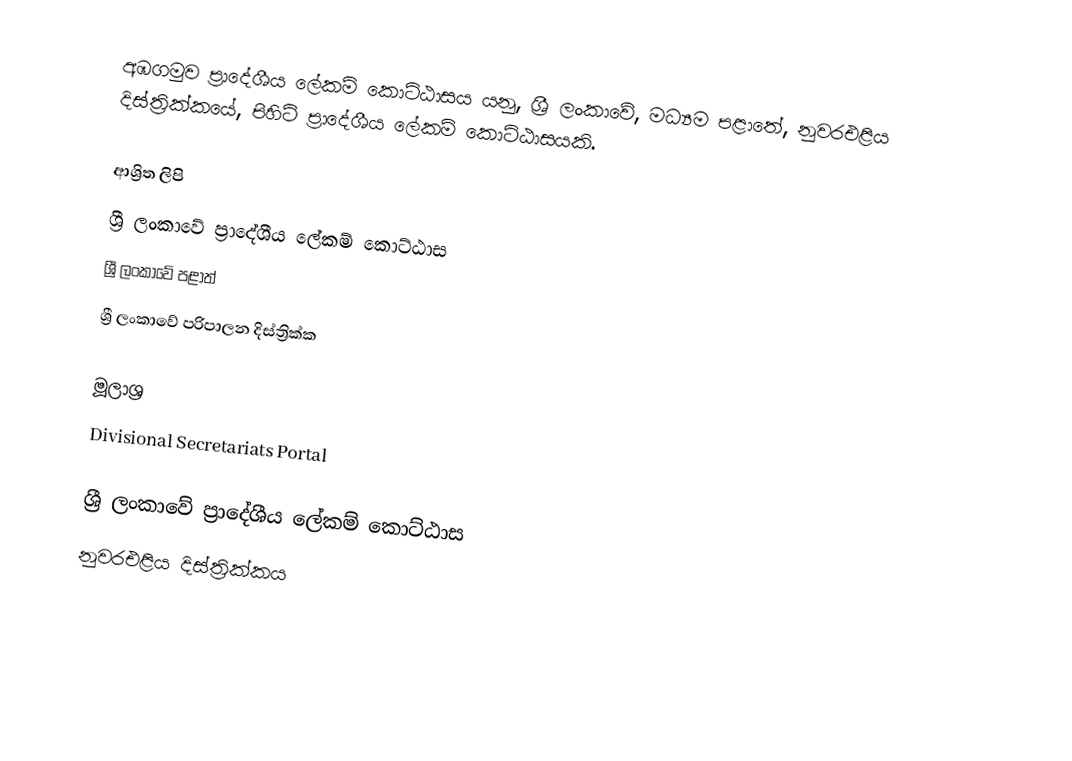
අඹගමුව ප්‍රාදේශීය ලේකම් කොට්ඨාසය යනු,  ශ්‍රී ලංකාවේ, මධ්‍යම පළාතේ,   නුවරඑළිය දිස්ත්‍රික්කයේ, පිහිටි ප්‍රාදේශීය ලේකම් කොට්ඨාසයකි.

ආශ්‍රිත ලිපි
ශ්‍රී ලංකාවේ ප්‍රාදේශීය ලේකම් කොට්ඨාස
ශ්‍රී ලංකාවේ පළාත්
ශ්‍රී ලංකාවේ පරිපාලන දිස්ත්‍රික්ක

මූලාශ්‍ර
 Divisional Secretariats Portal

ශ්‍රී ලංකාවේ ප්‍රාදේශීය ලේකම් කොට්ඨාස
නුවරඑළිය දිස්ත්‍රික්කය